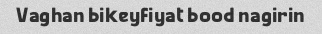
Vaghan bikeyfiyat bood nagirin